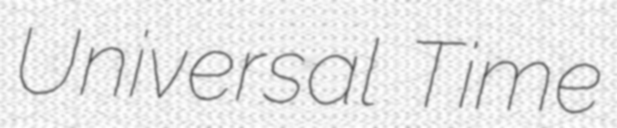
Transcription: Universal Time